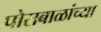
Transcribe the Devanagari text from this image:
पोराबाळांच्या